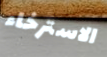
الاسترخاء